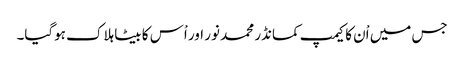
جس میں اْن کا کیمپ کمانڈر محمد نور اور اْس کا بیٹا ہلاک ہوگیا۔